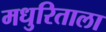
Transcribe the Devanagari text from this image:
मधुरिताला